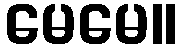
မေမေ။